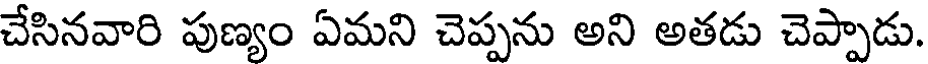
చేసినవారి పుణ్యం ఏమని చెప్పను అని అతడు చెప్పాడు.